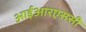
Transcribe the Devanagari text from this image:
आईआरएससी